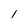
Character: 1